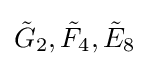
{\tilde {G}}_{2},{\tilde {F}}_{4},{\tilde {E}}_{8}